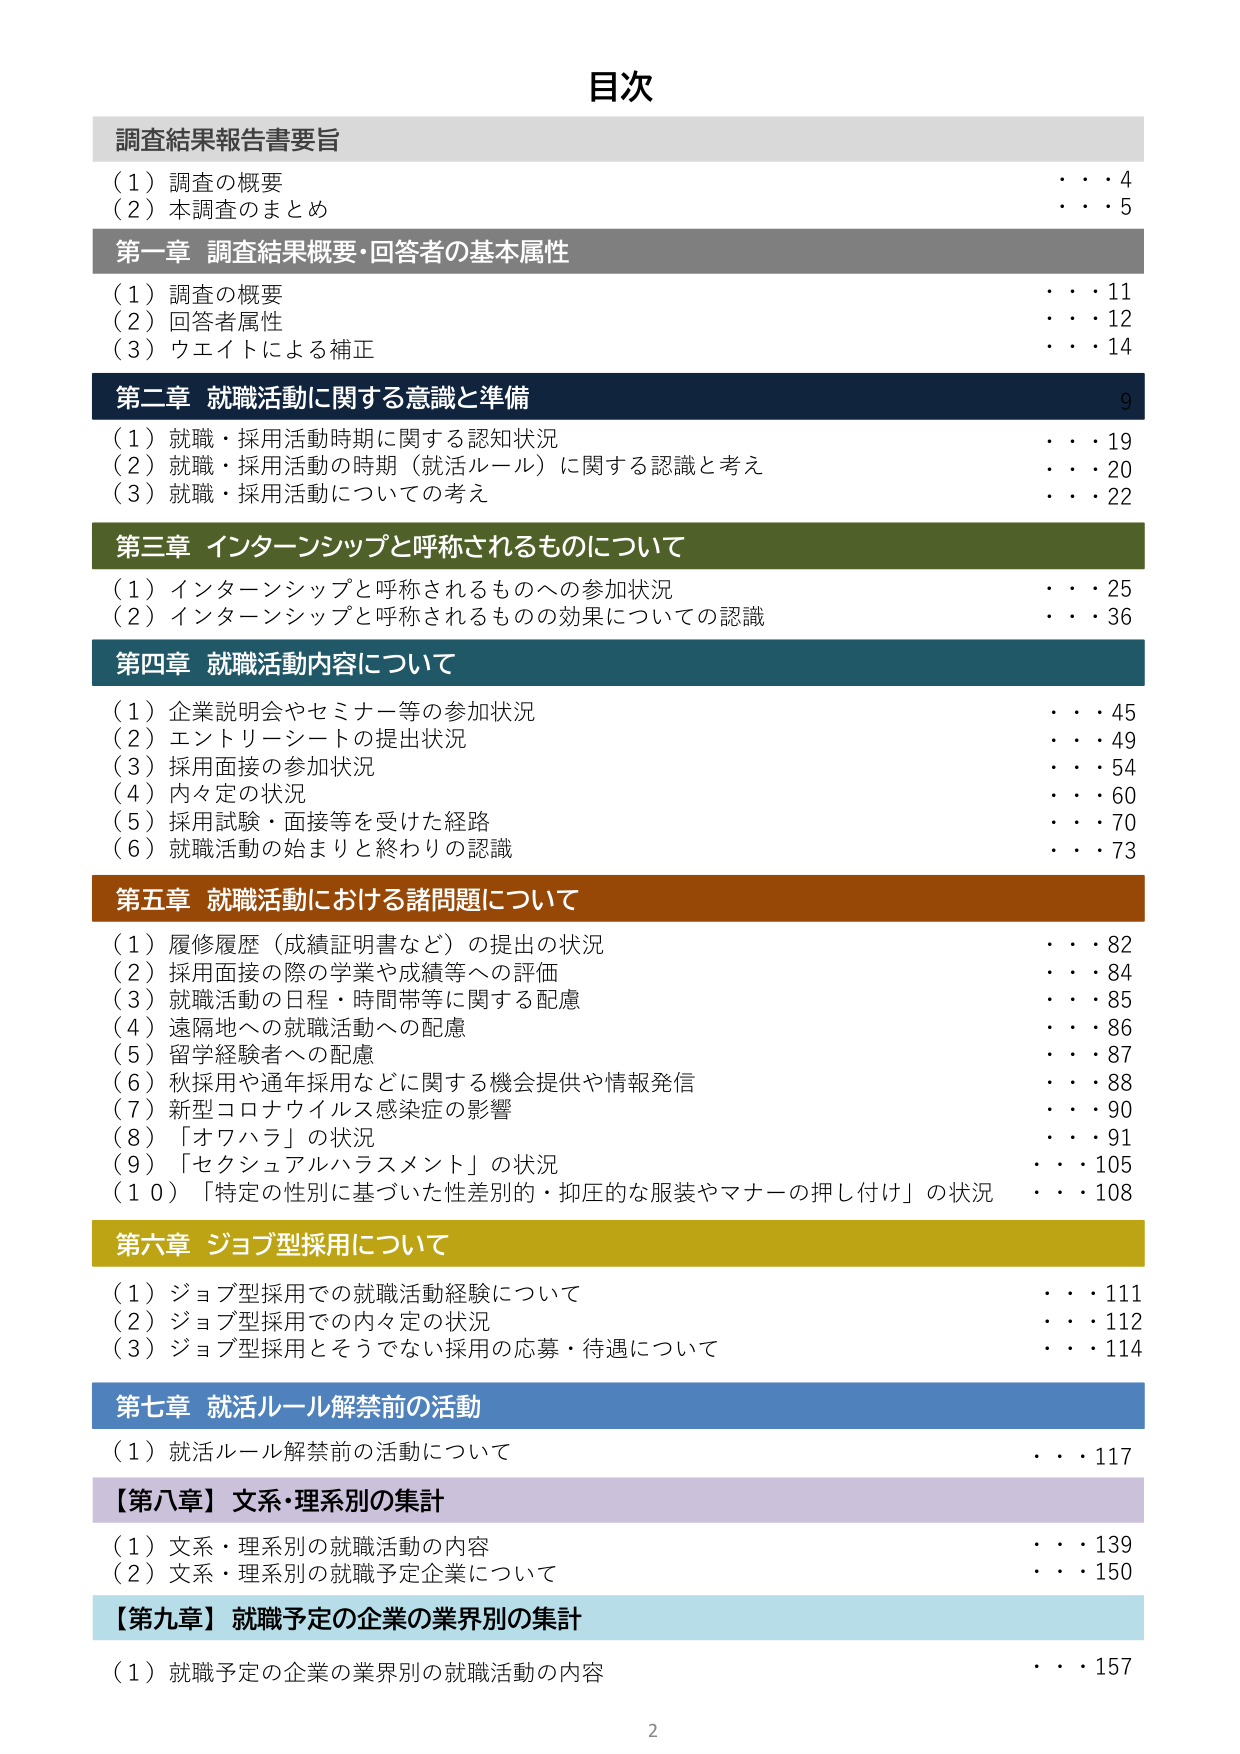
目次

調査結果報告書要旨
（1）調査の概要